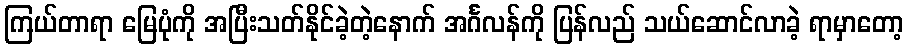
ကြယ်တာရာ မြေပုံကို အပြီးသတ်နိုင်ခဲ့တဲ့နောက် အင်္ဂလန်ကို ပြန်လည် သယ်ဆောင်လာခဲ့ ရာမှာတော့